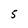
Character: 5